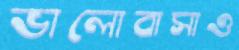
ভালোবাসাও